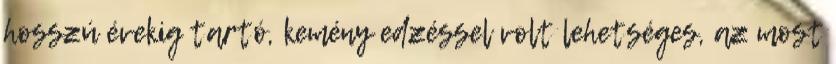
hosszú évekig tartó, kemény edzéssel volt lehetséges, az most